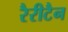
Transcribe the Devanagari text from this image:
रैरीटैन